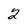
Character: 2